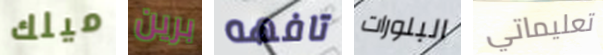
ميلك برين تافهه البلورات تعليماتي